Civil Veterinary Department Bengal reports 1933-51 - 1933-1951
Year: 1933
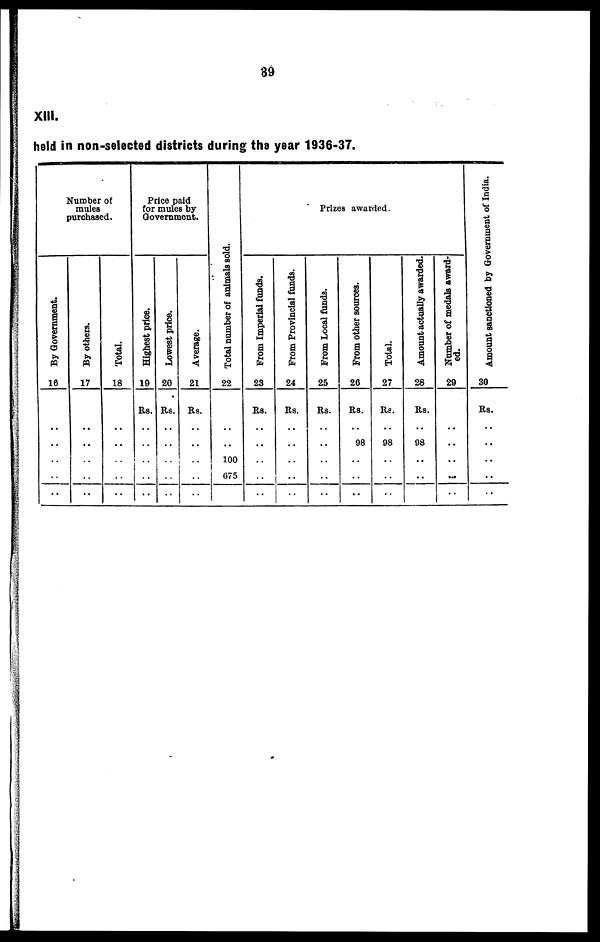
39
XIII.
held in non-selected districts during the year 1936-37.
Number of
mules
purchased.
By Government.
16
..
..
..
..
By others.
17
..
..
..
..
Total.
18
..
..
..
..
Price paid
for mules by
Government.
Highest price.
19
Rs.
..
..
..
..
Lowest price.
20
Rs.
..
..
..
..
Average.
21
Rs.
..
..
..
..
Total number of animals sold.
22
..
100
6575
..
Prizes awarded.
From Imperial funds.
23
Rs.
..
..
..
..
From Provincial funds.
24
Rs.
..
..
..
..
From Local funds.
25
Rs.
..
..
..
..
From other sources.
26
Rs.
98
..
..
..
Total.
27
Rs.
98
..
..
..
Amount actually awarded.
28
Rs.
98
..
..
..
Number of medals award-
ed.
29
..
..
..
..
Amount sanctioned by Government of India.
30
Rs.
..
..
..
..